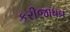
કરીજાધવ